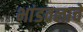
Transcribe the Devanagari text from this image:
भांडवलाचे